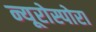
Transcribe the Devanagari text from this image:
न्यूरोस्पोरा